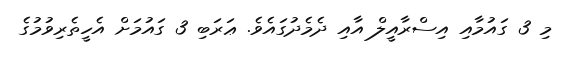
މި 3 ގައުމާއި އިސްރާއީލް އާއި ދެމެދުގައެވެ. ޢަރަބި 3 ގައުމަށް އެހީތެރިވުމުގެ